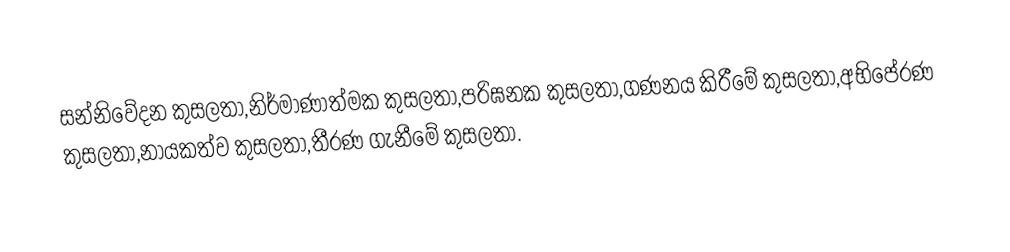
සන්නිවේදන කුසලතා,නිර්මාණාත්මක කුසලතා,පරිඝනක කුසලතා,ගණනය කිරීමේ කුසලතා,අභිපේරණ කුසලතා,නායකත්ව කුසලතා,තීරණ ගැනීමේ කුසලතා.